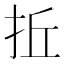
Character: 拞